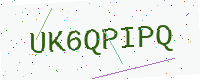
Text: UK6QPIPQ